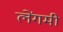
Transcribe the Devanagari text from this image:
लेंगमी